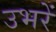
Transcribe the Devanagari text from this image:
उभरें